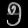
Digit: ၅